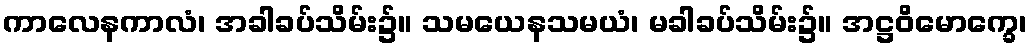
ကာလေနကာလံ၊ အခါခပ်သိမ်း၌။ သမယေနသမယံ၊ မခါခပ်သိမ်း၌။ အဋ္ဌဝိမောက္ခေ၊